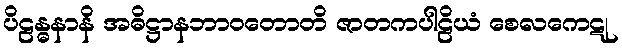
ပိဠန္ဓနာနိ အဓိဋ္ဌာနဘာဝတောတိ ဇာတကပါဠိယံ စေလကေဋု